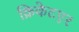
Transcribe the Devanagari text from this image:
क्रिकेटएर